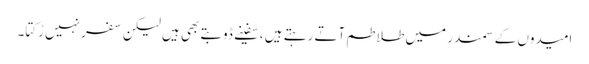
امیدوں کے سمندر میں طلاطم آتے رہتے ہیں ، سفینے ڈوبتے بھی ہیں لیکن سفر نہیں رُکتا۔